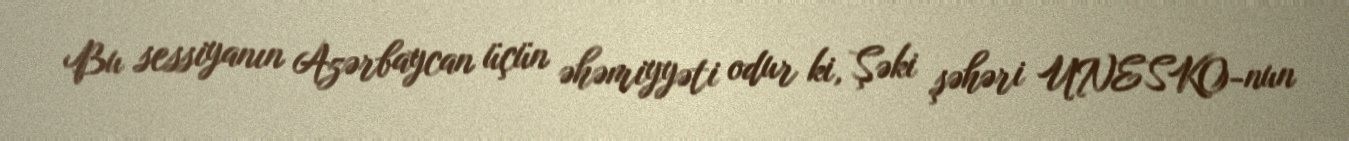
Bu sessiyanın Azərbaycan üçün əhəmiyyəti odur ki, Şəki şəhəri UNESKO-nun